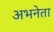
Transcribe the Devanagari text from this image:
अभनेता